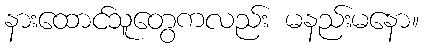
နားထောင်သူတွေကလည်း မနည်းမနော။